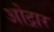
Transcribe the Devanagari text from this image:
ओट्रार